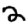
Digit: 2